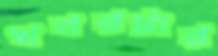
খবরটার